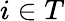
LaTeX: i\in T